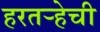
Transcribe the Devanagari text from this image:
हरतर्‍हेची